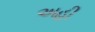
અહી